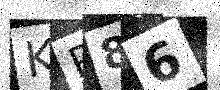
Text: KR86